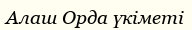
Алаш Орда үкіметі